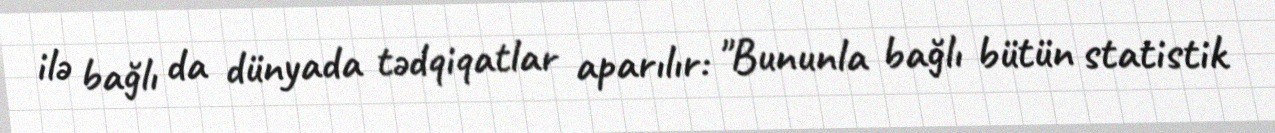
ilə bağlı da dünyada tədqiqatlar aparılır: "Bununla bağlı bütün statistik